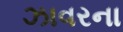
ઝાવરના